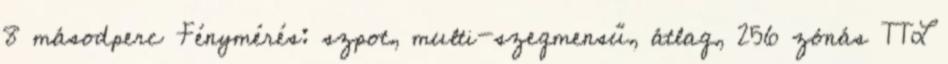
8 másodperc Fénymérés: szpot, multi-szegmensű, átlag, 256 zónás TTL